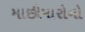
માછીમારોનો